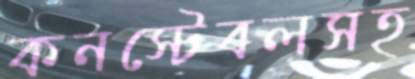
কনস্টেবলসহ